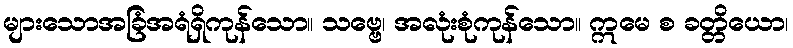
များသောအခြံအရံရှိကုန်သော။ သဗ္ဗေ၊ အလုံးစုံကုန်သော။ ဣမေ စ ခတ္တိယော၊